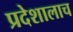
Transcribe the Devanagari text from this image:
प्रदेशालाच